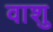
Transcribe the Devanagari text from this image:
वाशु